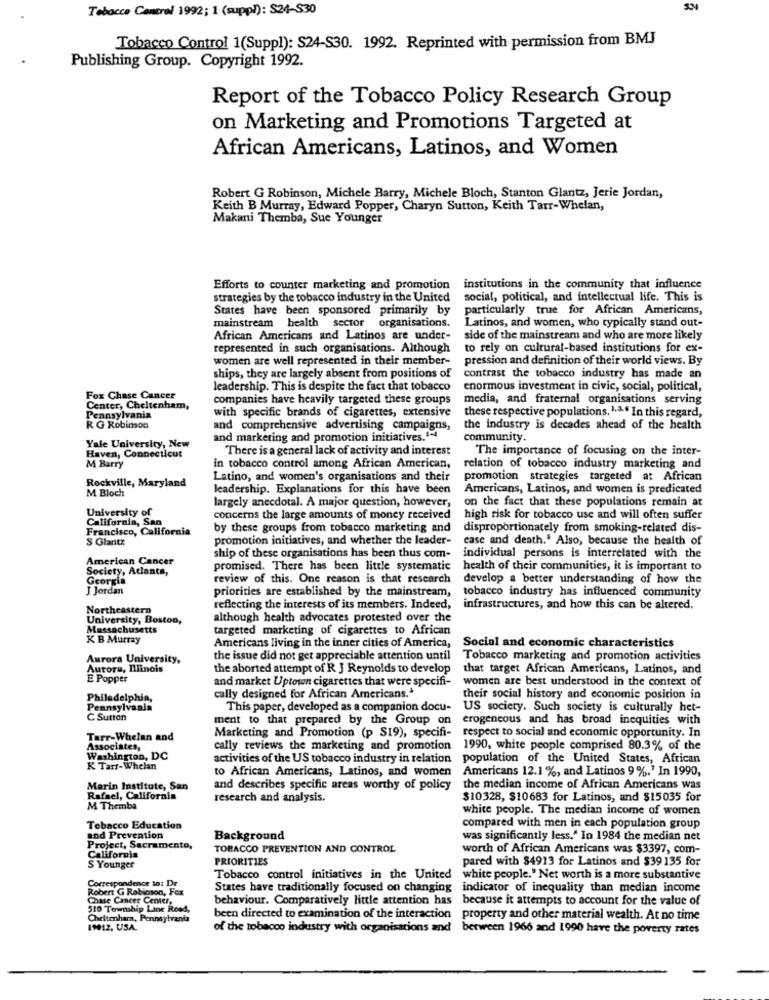
Tobacco Control 1992; 1 (suppl): $24-S30
Tobacco Control 1(Suppl): $24-S30. 1992. Reprinted with permission from BMJ
Publishing Group. Copyright 1992.
Report of the Tobacco Policy Research Group
on Marketing and Promotions Targeted at
African Americans, Latinos, and Women
Robert G Robinson, Michele Barry, Michele Bloch, Stanton Glantz, Jerie Jordan,
Keith B Murray, Edward Popper, Charyn Sutton, Keith Tarr-Whelan,
Makani Themba, Sue Younger
Efforts to counter marketing and promotion institutions in the community that influence
strategies by the tobacco industry in the United
social, political, and intellectual life. This is
States have been sponsored primarily by
particularly true for African Americans,
mainstream health sector
organisations.
Latinos, and women, who typically stand out-
African Americans and Latinos are under-
side of the mainstream and who are more likely
represented in such organisations. Although
to rely on cultural-based institutions for ex-
women are well represented in their member-
pression and definition of their world views. By
ships, they are largely absent from positions of
contrast the tobacco industry has made an
leadership. This is despite the fact that tobacco
enormous investment in civic, social, political,
Fox Chase Cancer
companies have heavily targeted these groups
media, and fraternal organisations serving
Center, Cheltenham,
with specific brands of cigarettes, extensive
these respective populations. 1.ª. In this regard,
Pennsylvania
R G Robinson
and comprehensive advertising campaigns,
the industry is decades ahead of the health
and marketing and promotion initiatives.1-4
community.
Yale University, New
There is a general lack of activity and interest
The importance of focusing on the inter-
Haven, Connecticut
M Barry
in tobacco control among African American,
relation of tobacco industry marketing and
Latino, and women's organisations and their
promotion strategies targeted at African
Rockville, Maryland
M Bloch
leadership. Explanations for this have been
Americans, Latinos, and women is predicated
on the fact that these populations remain at
University of
largely anecdotal. A major question, however,
California, San
concerns the large amounts of money received
high risk for tobacco use and will often suffer
Francisco, California
by these groups from tobacco marketing and
disproportionately from smoking-related dis-
S Glantz
promotion initiatives, and whether the leader-
case and death." Also, because the health of
American Cancer
ship of these organisations has been thus com-
individual persons is interrelated with the
Society, Atlanta,
promised. There has been little systematic
health of their communities, it is important to
Georgia
review of this. One reason is that research
develop a better understanding of how the
J Jordan
priorities are established by the mainstream,
tobacco industry has influenced community
Northeastern
reflecting the interests of its members. Indeed,
infrastructures, and how this can be altered.
University, Boston,
although health advocates protested over the
Massachusetts
targeted marketing of cigarettes to African
KB Murray
Americans living in the inner cities of America,
Social and economic characteristics
Aurora University,
the issue did not get appreciable attention until
Tobacco marketing and promotion activities
Aurora, Illinois
the aborted attempt of R J Reynolds to develop
that target African Americans, Latinos, and
E Popper
and market Uptown cigarettes that were specifi-
women are best understood in the context of
Philadelphia,
cally designed for African Americans.'
their social history and economie position in
Pennsylvania
This paper, developed as a companion docu-
US society. Such society is culturally het-
C Suton
ment to that prepared by the Group on
erogeneous and has broad inequities with
Marketing and Promotion (p S19), specifi-
respect to social and economic opportunity. In
Tarr-Whelan and
Associates,
cally reviews the marketing and promotion
1990, white people comprised 80.3% of the
Washington, DC
activities of the US tobacco industry in relation
population of the United States, African
K Tarf-Whelan
to African Americans, Latinos, and women
Americans 12.1 %, and Latinos 9 %.' In 1990,
Marin Institute, San
and describes specific areas worthy of policy
the median income of African Americans was
Rafael, California
research and analysis.
$10328, $10683 for Latinos, and $15035 for
M Themba
white people. The median income of women
Tobacco Education
compared with men in each population group
and Prevention
Background
was significantly less." In 1984 the median net
Project, Sacramento,
TOBACCO PREVENTION AND CONTROL
worth of African Americans was $3397, com-
California
PRIORITIES
pared with $4913 for Latinos and $39 135 for
S Younger
Correspondence to: Dr
Tobacco control initiatives in the United
white people." Net worth is a more substantive
Robert G Robinson, Fex
States have traditionally focused on changing
indicator of inequality than median income
Chase Cancer Center,
behaviour. Comparatively little attention has because it attempts to account for the value of
510 Township Line Road,
Cheltenham, Pennsylvania
been directed to examination of the interaction property and other material wealth. At no time
19012, USA.
of the tobacco industry with organisations and
between 1966 and 1990 have the poverty rates